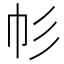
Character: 𢁘